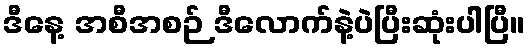
ဒီနေ့ အစီအစဉ် ဒီလောက်နဲ့ပဲပြီးဆုံးပါပြီ။